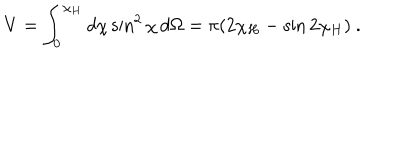
V = \int _ { 0 } ^ { \chi _ { H } } d \chi \sin ^ { 2 } \chi \, d \Omega = \pi ( 2 \chi _ { H } - \sin 2 \chi _ { H } ) \ .